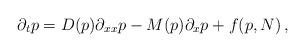
LaTeX: \begin{align*}\partial_t p = D(p) \partial_{xx} p - M(p) \partial_x p + f(p,N) \, ,\end{align*}